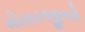
મોરારજીએ